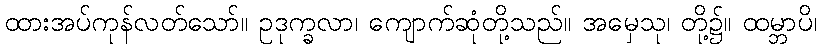
ထားအပ်ကုန်လတ်သော်။ ဥဒုက္ခလာ၊ ကျောက်ဆုံတို့သည်။ အမှေသု၊ တို့၌။ ထမ္ဘာပိ၊